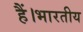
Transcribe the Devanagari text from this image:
हैं।भारतीय